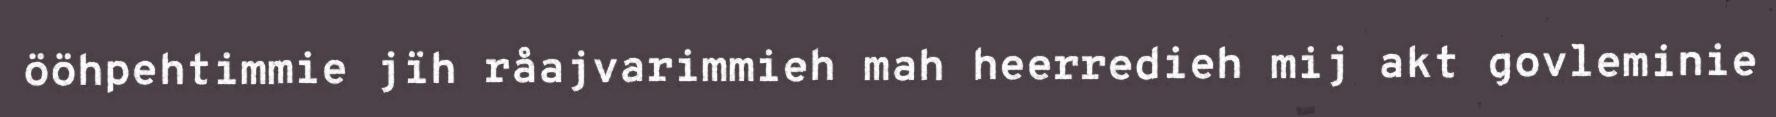
ööhpehtimmie jïh råajvarimmieh mah heerredieh mij akt govleminie